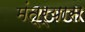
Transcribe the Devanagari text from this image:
मंत्र्यास